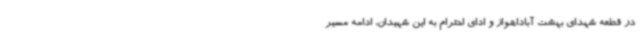
در قطعه شهدای بهشت آباداهواز و ادای احترام به این شهیدان، ادامه مسیر